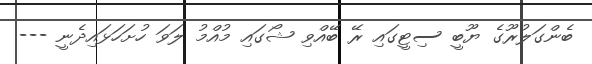
ބެންގަލުރޫގެ ޔޫބީ ސިޓީގައި ރޭ ބޭއްވި ޝޯގައި މުއްމު ލަވަ ހުށަހަޅައިދެނީ ---